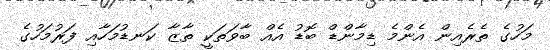
މަހުގެ ތެރެއިން އެންމެ ޑިމާންޑް ބޮޑު އެއް ބާވަތަކީ ތާޒާ ކަނޑުމަހާއި ފަރުމަހުގެ